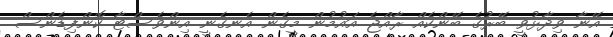
އޭނާ ވިދާޅުވީ ބޭރުގެ ބޭންކެއް ރާއްޖެ އައުމުން މީގެން އެނގެނީ އިންވެސްޓާ ކޮންފިޑެންސް